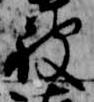
被